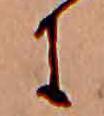
に